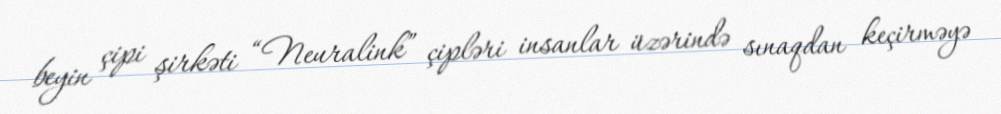
beyin çipi şirkəti “Neuralink” çipləri insanlar üzərində sınaqdan keçirməyə